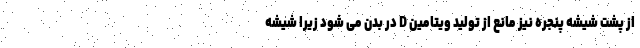
از پشت شیشه پنجره نیز مانع از تولید ویتامین D در بدن می شود زیرا شیشه